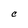
Character: C